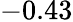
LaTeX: -0.43